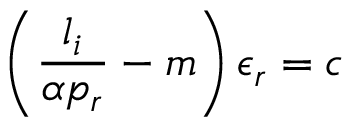
\left( \frac { l _ { i } } { \alpha p _ { r } } - m \right) \epsilon _ { r } = c